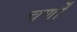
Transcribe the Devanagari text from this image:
चर्णों